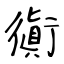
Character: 衠